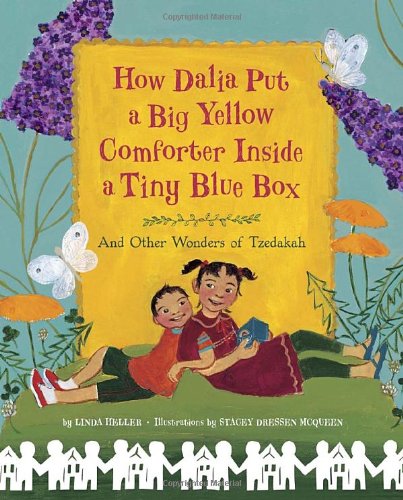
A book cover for How Dalia Put a Big Yellow Comforter Inside a Tiny Blue Box: And Other Wonders of Tzedakah; Linda Heller; Children's Books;